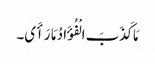
مَا کَذَبَ الْفُؤَادُ مَا رَأَی۔